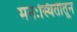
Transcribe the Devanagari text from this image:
मनःस्थितीतून